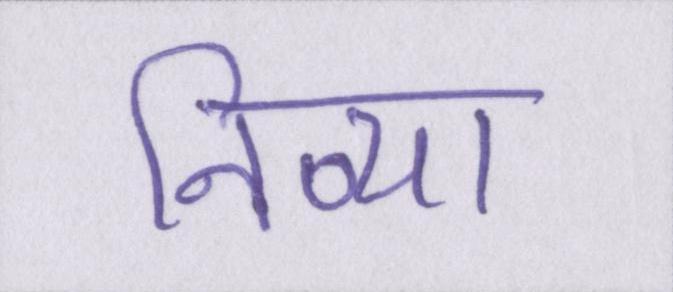
निव्या